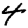
Digit: 4